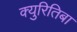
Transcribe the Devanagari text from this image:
क्युरितिबा